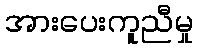
အားပေးကူညီမှု